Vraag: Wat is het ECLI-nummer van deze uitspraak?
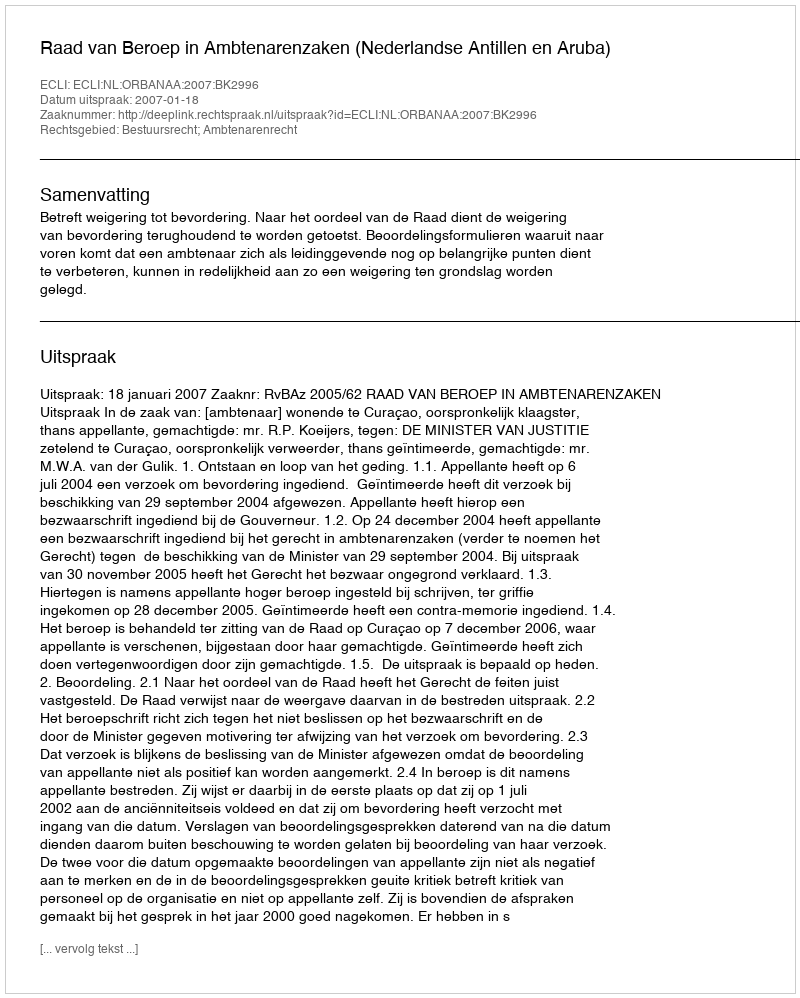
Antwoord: ECLI:NL:ORBANAA:2007:BK2996